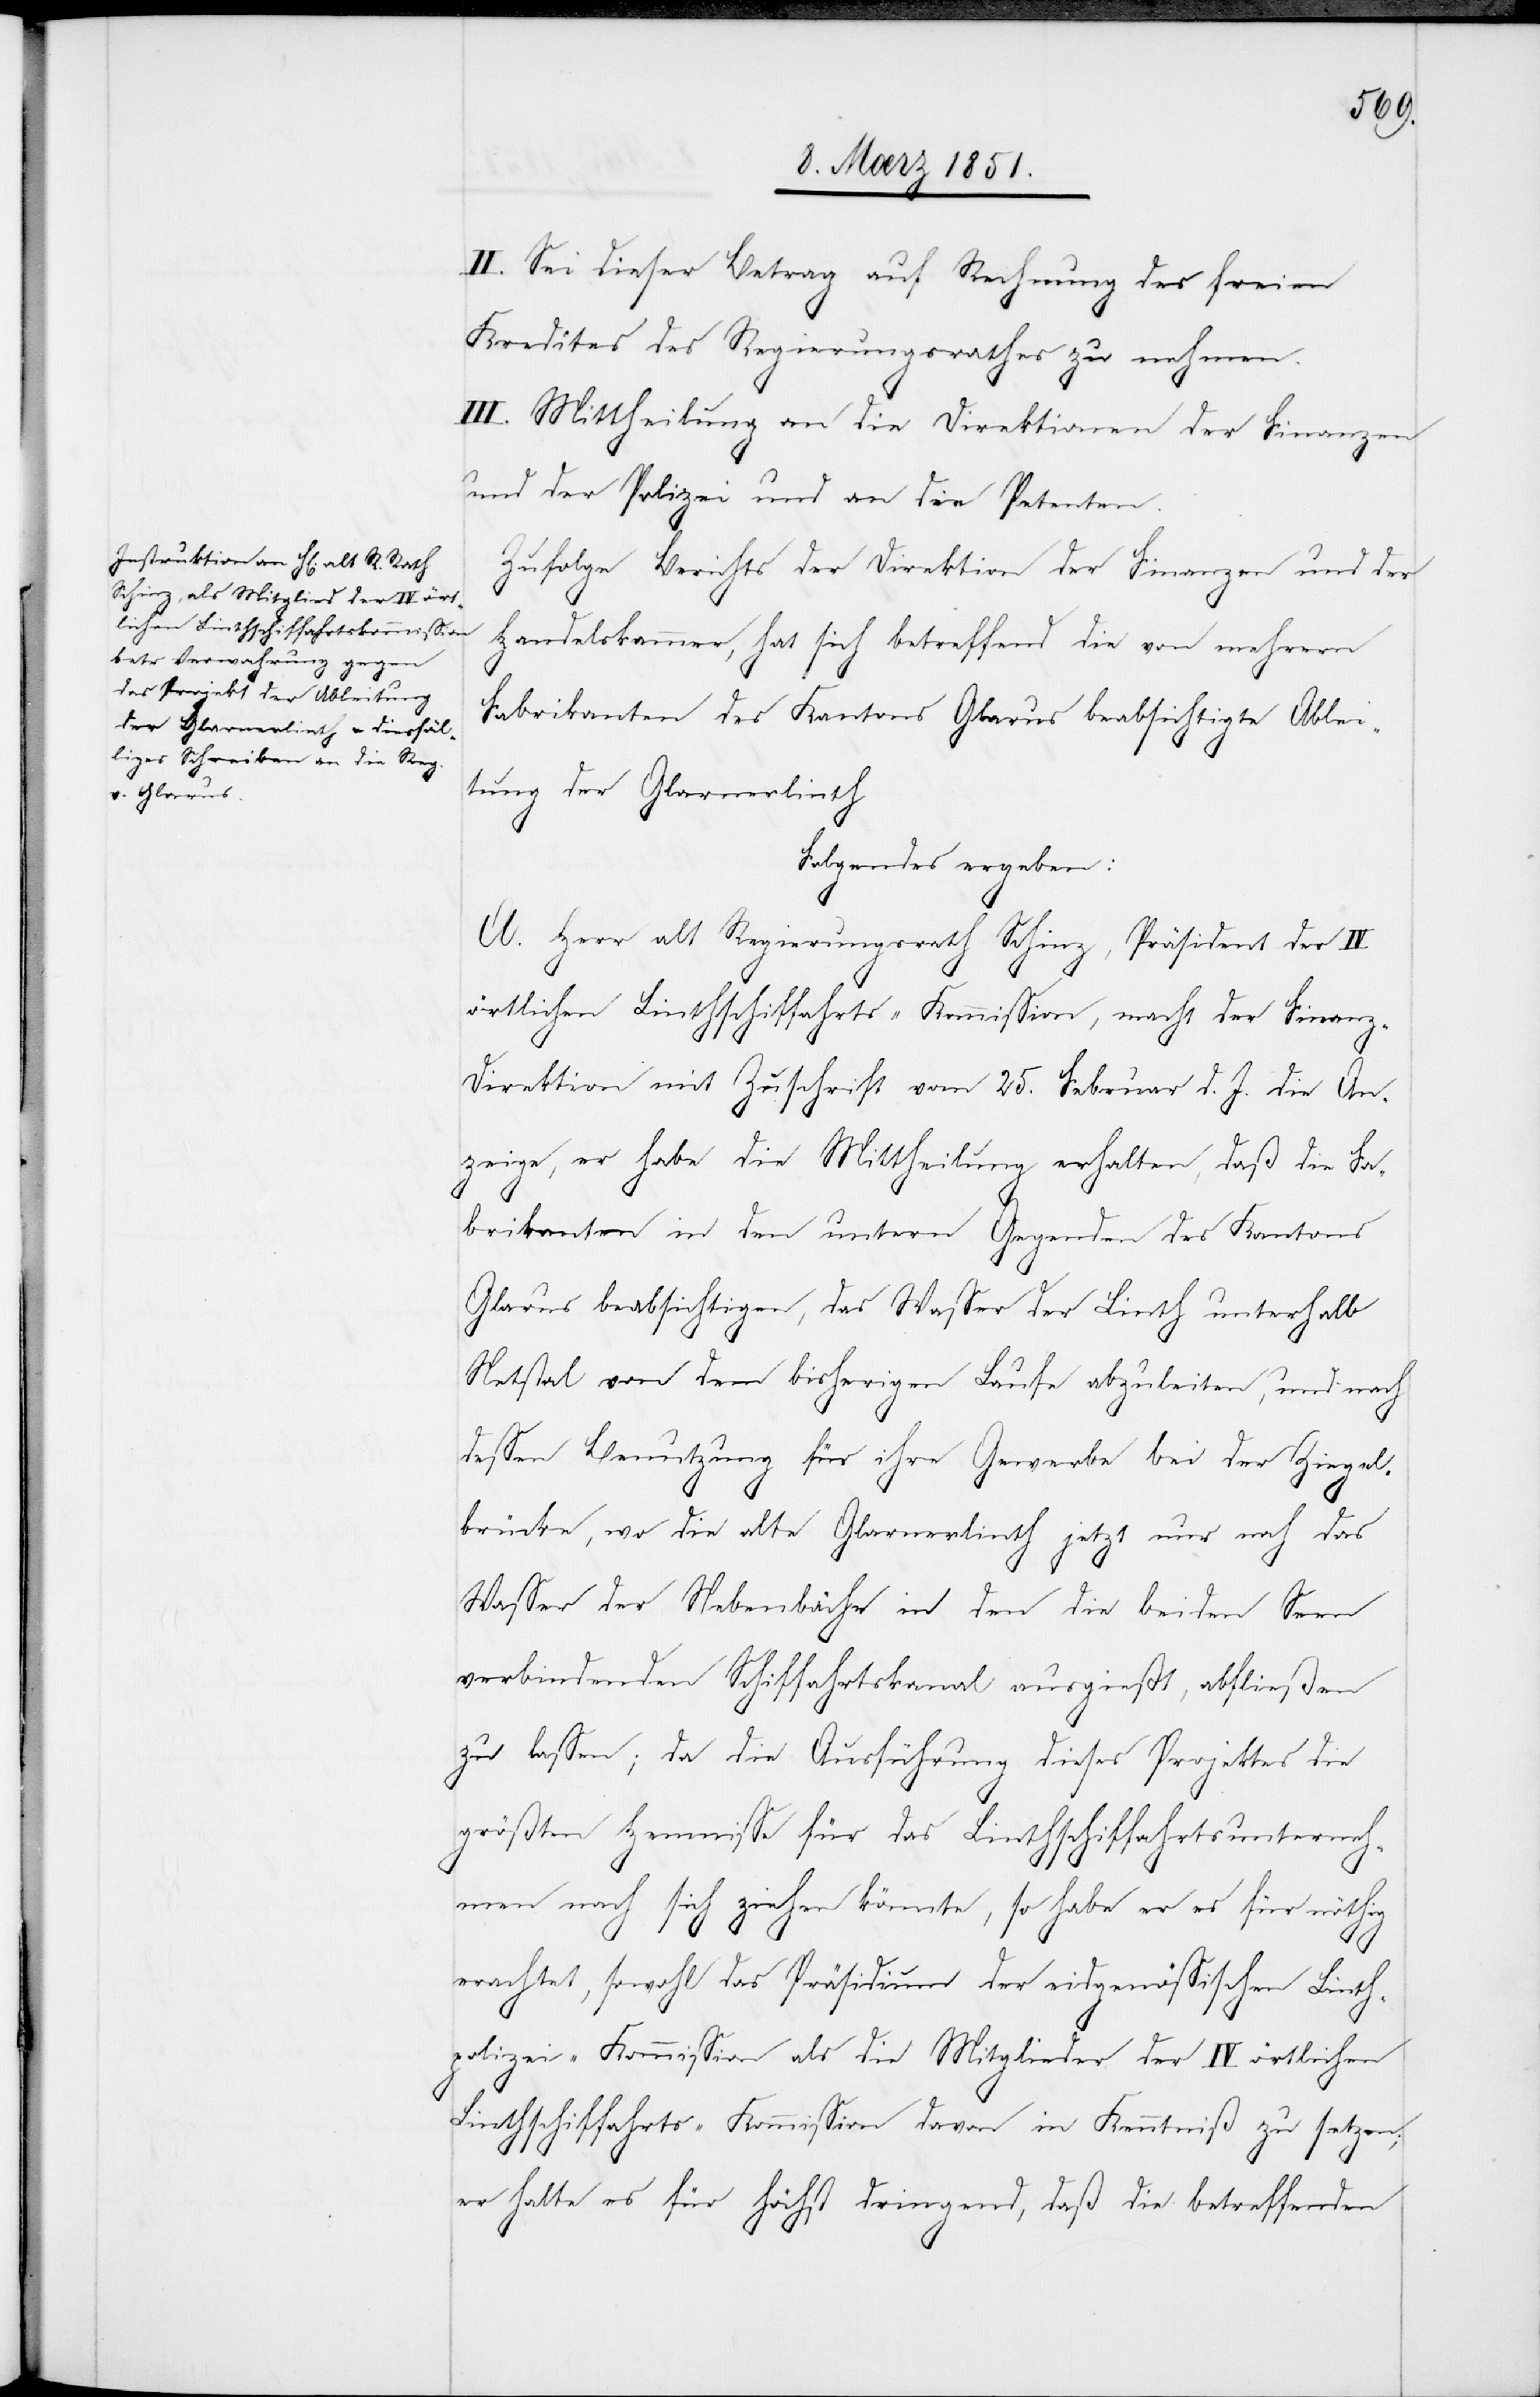
II. Sei dieser Betrag auf Rechnung des freien
Kredites des Regierungsrathes zu nehmen.
III. Mittheilung an die Direktionen der Finanzen
und der Polizei und an die Petenten.
Zufolge Berichts der Direktion der Finanzen und der
Handelskammer, hat sich betreffend die von mehrern
Fabrikanten des Kantons Glarus beabsichtigte Ablei¬
tung der Glarnerlinth
Folgendes ergeben:
A. Herr alt Regierungsrath Schinz, Präsident der IV
örtlichen Linthschiffahrts-Kommission, macht der Finanz-D¬
irektion mit Zuschrift vom 25. Februar d. J. die An¬
zeige, er habe die Mittheilung erhalten, daß die Fa¬
brikanten in den untern Gegenden des Kantons
Glarus beabsichtigen, das Wasser der Linth unterhalb
Netstal von dem bisherigen Laufe abzuleiten, und nach
dessen Benutzung für ihre Gewerbe bei der Ziegel¬
brücke, wo die alte Glarnerlinth jetzt nur noch das
Wasser der Nebenbäche in den die beiden Seen
verbindenden Schiffahrtskanal ausgießt, abfließen
zu lassen; da die Ausführung dieses Projektes die
größten Hem[m]nisse für das Linthschiffahrtsunterneh¬
men nach sich ziehen könnte, so habe er es für nöthig
erachtet, sowohl das Präsidium der eidgenössischen Linth¬
polizei-Kommission als die Mitglieder der IV örtlichen
Linthschiffahrts-Kommission davon in Kenntniß zu setzen;
er halte es für höchst dringend, daß die betreffenden